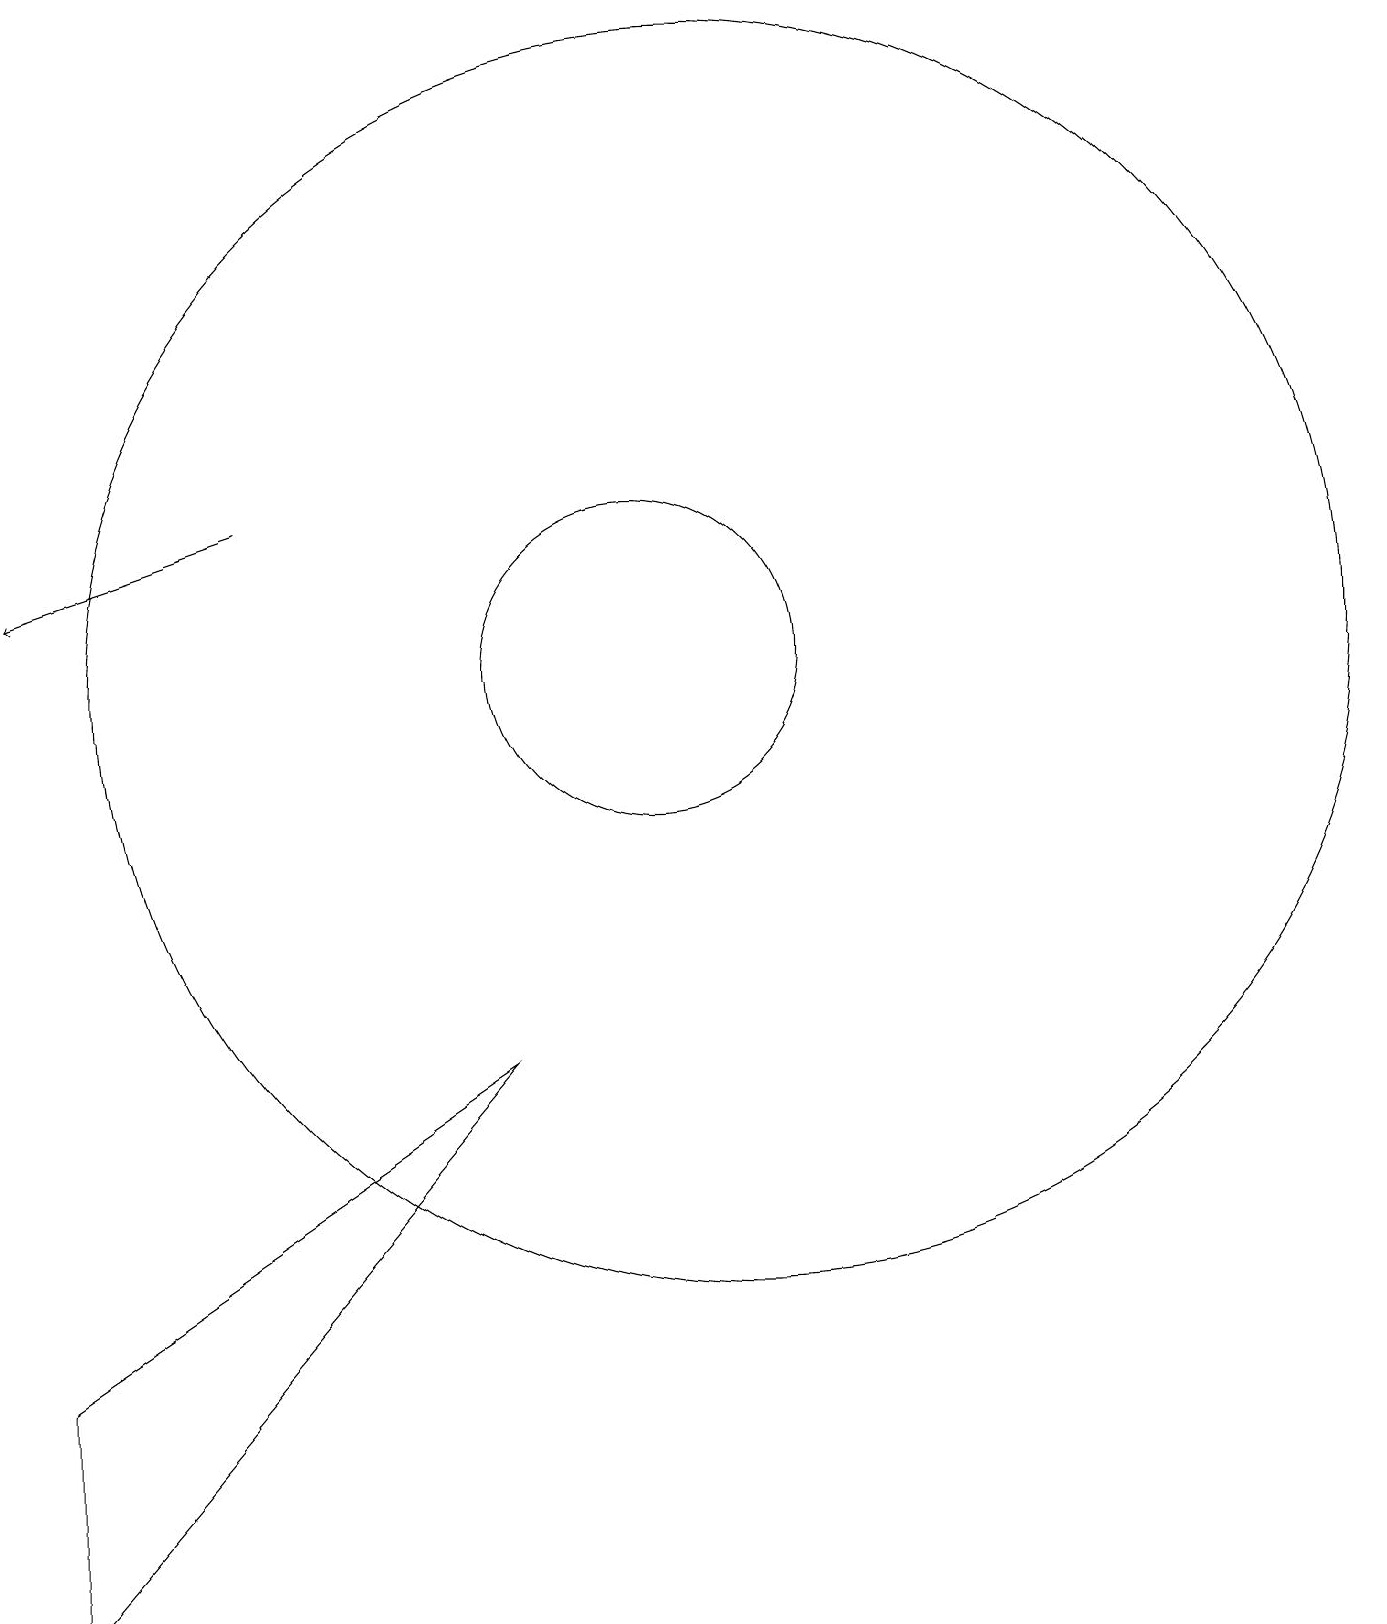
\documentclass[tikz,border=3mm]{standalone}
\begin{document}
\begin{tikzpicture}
\draw (12,12) circle (8);
\draw[->] (6,14) -- (3,13);
\draw (11,12) circle (2);
\draw (9,7) -- (3,0) -- (3,3) -- cycle;
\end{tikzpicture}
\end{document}